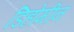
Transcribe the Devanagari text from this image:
डिहोमीन